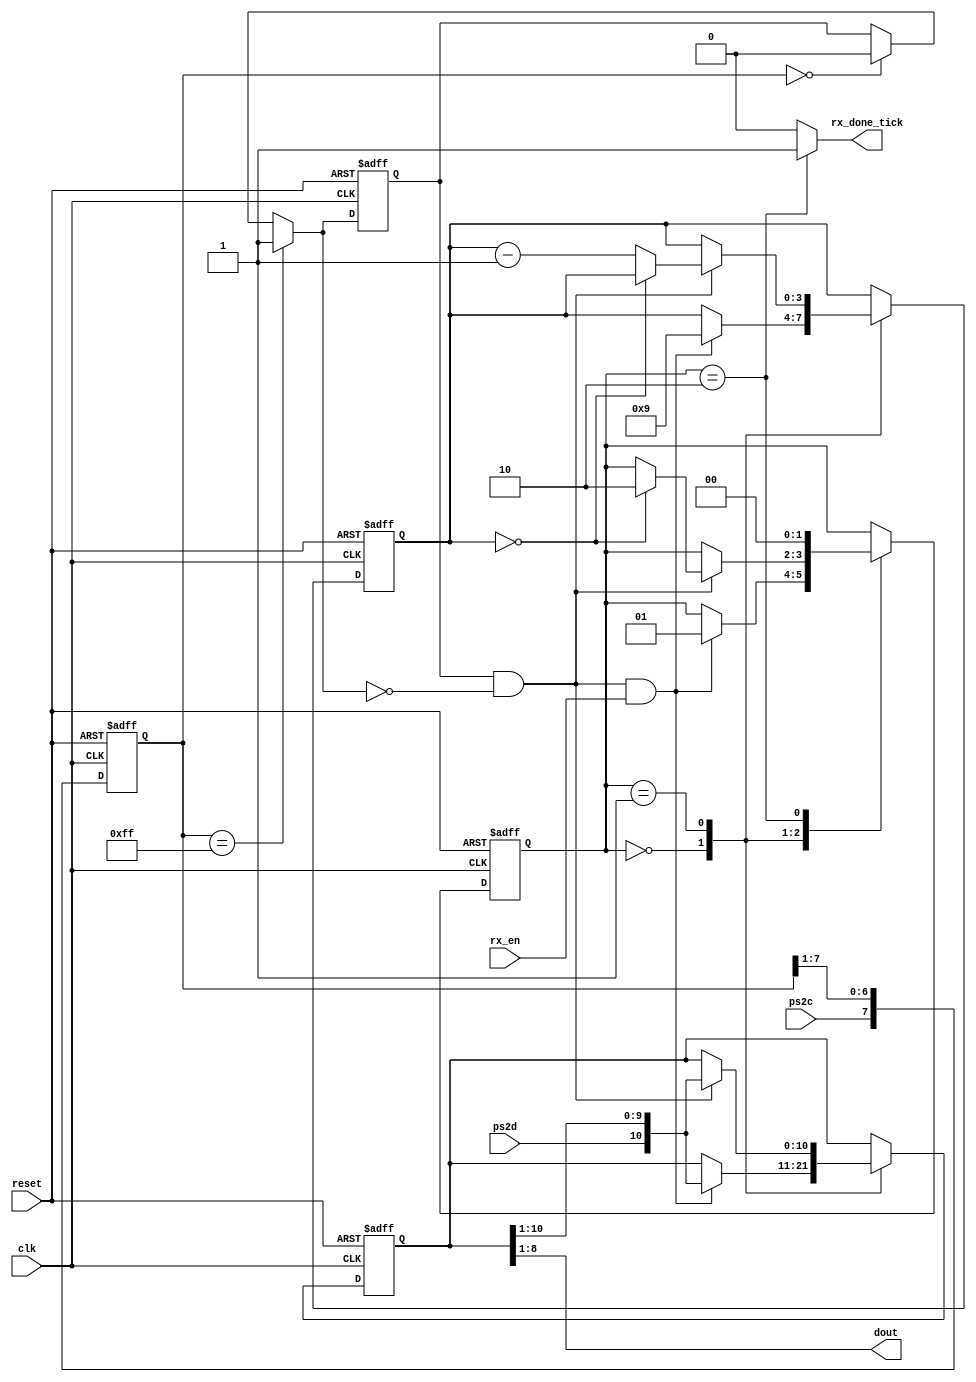
`timescale 1ns / 1ps

module Central( 
	input wire ps2d,ps2c,  clk, reset, rx_en, /// J13 ps2d y L12 ps2c y switch y 
	output reg rx_done_tick, // deberia ser mi bandera para tomar el dato 
	output wire[7:0] dout /// reg 
    );
	 localparam [1:0]  /// Estados 2 bits
	 idle = 2'b00,  
	 dps = 2'b01, 
	 load = 2'b10;
	 
	 ////instanciar 
	     
	 reg [1:0] state_reg , state_next; 
	 reg [7:0] filter_reg; 
	 wire [7:0] filter_next;
	 wire f_ps2c_next;     ///
	 reg f_ps2c_reg;
	// wire  f_ps2c_next  ;
	 reg [3:0] n_reg, n_next;
	 reg [10:0] b_reg, b_next;
	 wire fall_edge;
	 
	 
	 always @(posedge clk, posedge reset)
	 if (reset)
		begin 
		filter_reg<= 0;
		f_ps2c_reg<=0;
		end
		
	else 
		begin 	
			filter_reg<= filter_next;
			f_ps2c_reg<= f_ps2c_next;
		end
	assign filter_next = {ps2c, filter_reg [7:1]};
	assign f_ps2c_next = (filter_reg==8'b11111111) ? 1'b1:
								(filter_reg==8'b00000000) ? 1'b0:
								f_ps2c_reg;
	assign fall_edge = f_ps2c_reg & ~f_ps2c_next;
	
	//////////////////////////////////////////////////////////////////////
	
	
	
	always @(posedge clk, posedge reset)
		if(reset)
			begin 
					state_reg <= idle;
					n_reg<=0;
					b_reg<=0;
			end
		else 
			begin 	
				state_reg<= state_next;
				n_reg<=n_next;
				b_reg <= b_next;
			
			end
			
		always @*
		
			begin
				state_next =state_reg;
				rx_done_tick =1'b0;
				n_next =n_reg;
				b_next = b_reg;
				case (state_reg)
				
					idle:
						if (fall_edge & rx_en)
							begin
								b_next= {ps2d, b_reg[10:1]};
								n_next= 4'b1001;
								state_next =dps;
							end
					dps:
						if (fall_edge)
							begin 
								b_next= {ps2d, b_reg[10:1]};
								if (n_reg==0) 
									state_next= load;
								else 
									n_next=n_reg-1;
							end
					load: 
						begin
							state_next=idle;
							rx_done_tick=1'b1;
						end
							
						//default state_next= idle;
						endcase
					end
				assign dout =b_reg[8:1] ;
			
				
	endmodule